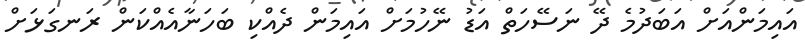
އައިމަންއަށް އަބަދުމެ ދޭ ނަސޭހަތް އަޑު ނޭހުމަށް އައިމަން ދެއްކި ބަހަނާއެއްކަން ރަނގަޅަށް